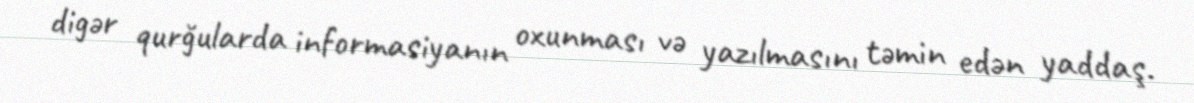
digər qurğularda informasiyanın oxunması və yazılmasını təmin edən yaddaş.